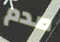
صدم